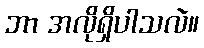
ဘာ အလိုရှိပါသလဲ။